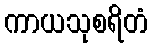
ကာယသုစရိတံ